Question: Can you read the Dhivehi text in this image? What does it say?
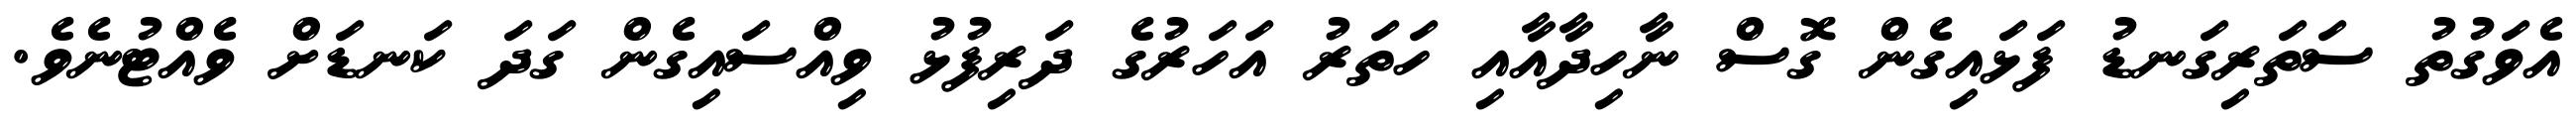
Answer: އެވަގުތު ސަތަރިގަނޑު ފަޅައިގެން ގޮސް ނާހިދާއާއި ހަތަރު އަހަރުގެ ދަރިފުޅު ވިއްސައިގެން ގަދަ ކަނޑަށް ވެއްޓުނެވެ.